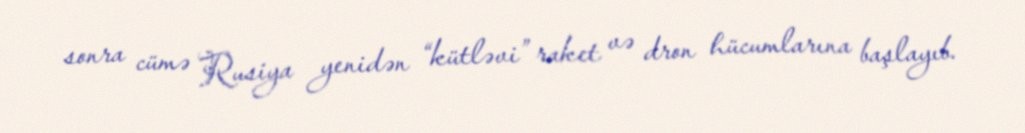
sonra cümə Rusiya yenidən “kütləvi” raket və dron hücumlarına başlayıb.